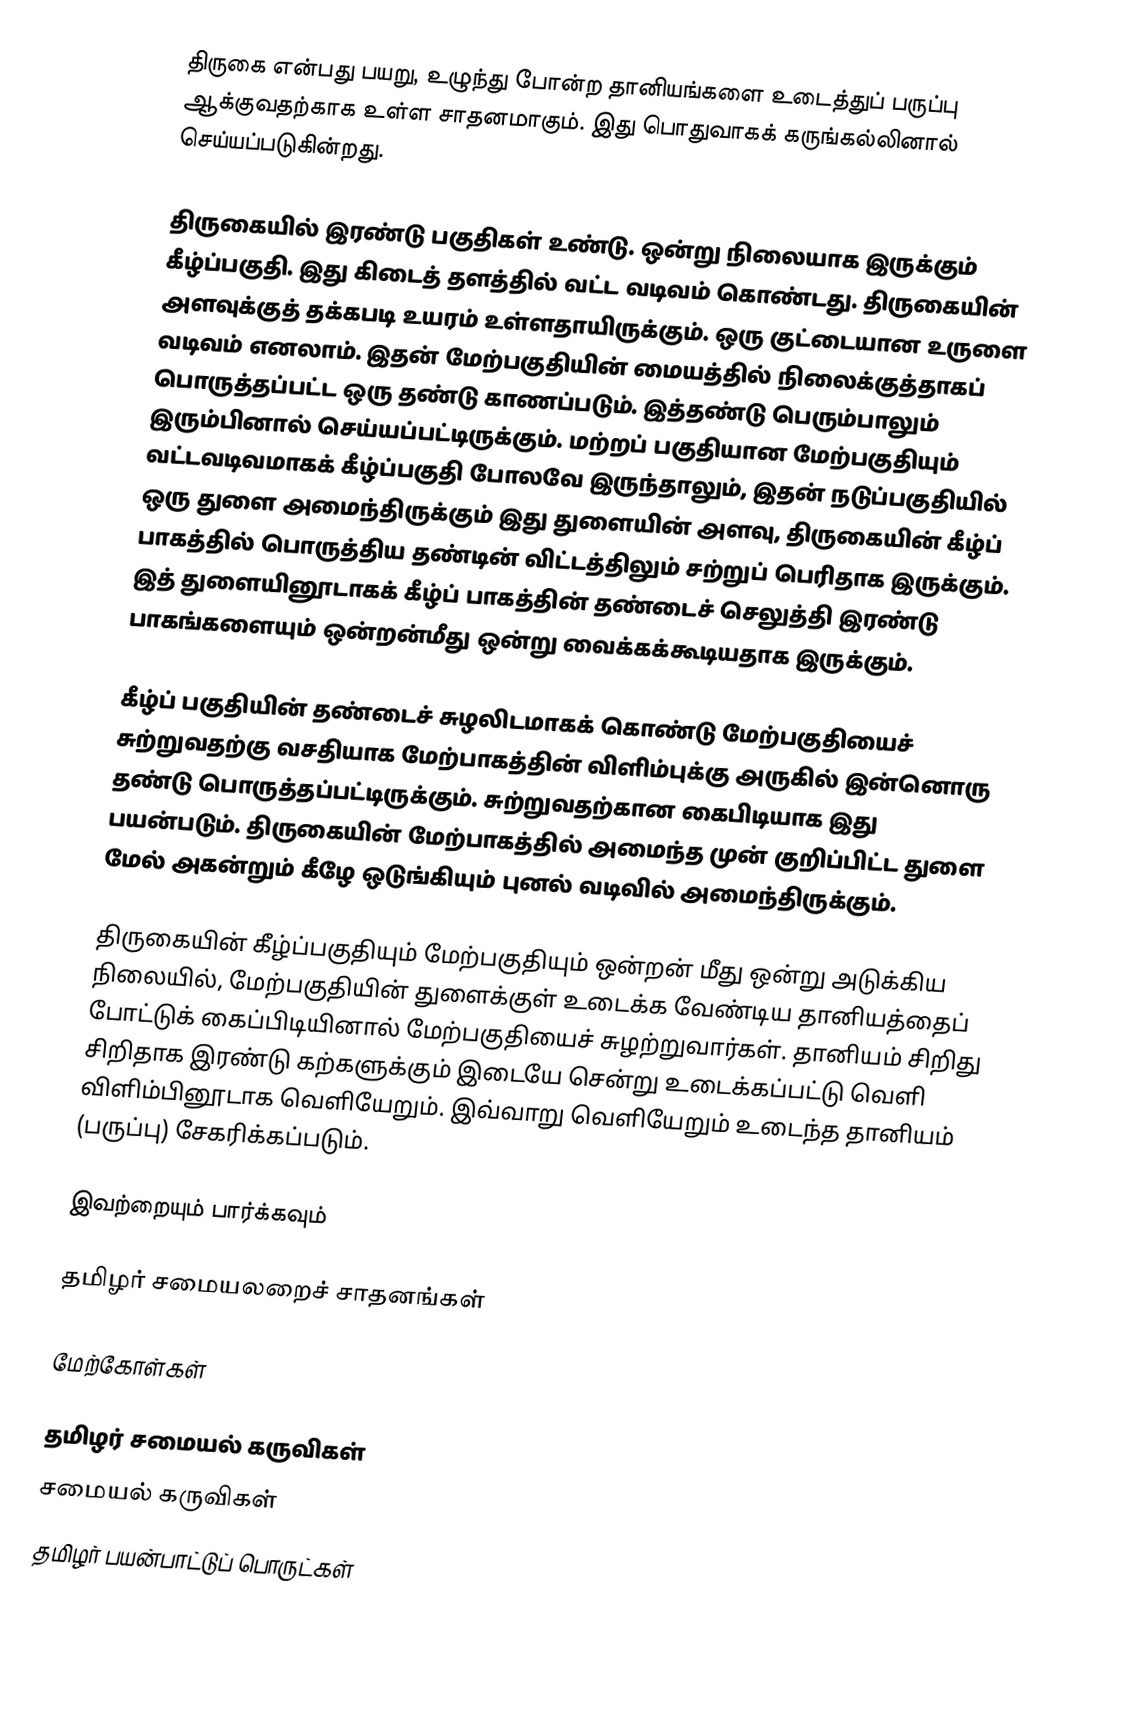
திருகை என்பது பயறு, உழுந்து போன்ற தானியங்களை உடைத்துப் பருப்பு ஆக்குவதற்காக உள்ள சாதனமாகும். இது பொதுவாகக் கருங்கல்லினால் செய்யப்படுகின்றது.

திருகையில் இரண்டு பகுதிகள் உண்டு. ஒன்று நிலையாக இருக்கும் கீழ்ப்பகுதி. இது கிடைத் தளத்தில் வட்ட வடிவம் கொண்டது. திருகையின் அளவுக்குத் தக்கபடி உயரம் உள்ளதாயிருக்கும். ஒரு குட்டையான உருளை வடிவம் எனலாம். இதன் மேற்பகுதியின் மையத்தில் நிலைக்குத்தாகப் பொருத்தப்பட்ட ஒரு தண்டு காணப்படும். இத்தண்டு பெரும்பாலும் இரும்பினால் செய்யப்பட்டிருக்கும். மற்றப் பகுதியான மேற்பகுதியும் வட்டவடிவமாகக் கீழ்ப்பகுதி போலவே இருந்தாலும், இதன் நடுப்பகுதியில் ஒரு துளை அமைந்திருக்கும் இது துளையின் அளவு, திருகையின் கீழ்ப் பாகத்தில் பொருத்திய தண்டின் விட்டத்திலும் சற்றுப் பெரிதாக இருக்கும். இத் துளையினூடாகக் கீழ்ப் பாகத்தின் தண்டைச் செலுத்தி இரண்டு பாகங்களையும் ஒன்றன்மீது ஒன்று வைக்கக்கூடியதாக இருக்கும்.

கீழ்ப் பகுதியின் தண்டைச் சுழலிடமாகக் கொண்டு மேற்பகுதியைச் சுற்றுவதற்கு வசதியாக மேற்பாகத்தின் விளிம்புக்கு அருகில் இன்னொரு தண்டு பொருத்தப்பட்டிருக்கும். சுற்றுவதற்கான கைபிடியாக இது பயன்படும். திருகையின் மேற்பாகத்தில் அமைந்த முன் குறிப்பிட்ட துளை மேல் அகன்றும் கீழே ஒடுங்கியும் புனல் வடிவில் அமைந்திருக்கும்.

திருகையின் கீழ்ப்பகுதியும் மேற்பகுதியும் ஒன்றன் மீது ஒன்று அடுக்கிய நிலையில், மேற்பகுதியின் துளைக்குள் உடைக்க வேண்டிய தானியத்தைப் போட்டுக் கைப்பிடியினால் மேற்பகுதியைச் சுழற்றுவார்கள். தானியம் சிறிது சிறிதாக இரண்டு கற்களுக்கும் இடையே சென்று உடைக்கப்பட்டு வெளி விளிம்பினூடாக வெளியேறும். இவ்வாறு வெளியேறும் உடைந்த தானியம் (பருப்பு) சேகரிக்கப்படும்.

இவற்றையும் பார்க்கவும்

 தமிழர் சமையலறைச் சாதனங்கள்

மேற்கோள்கள்

தமிழர் சமையல் கருவிகள்
சமையல் கருவிகள்
தமிழர் பயன்பாட்டுப் பொருட்கள்